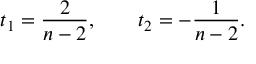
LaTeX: t _ { 1 } = { \frac { 2 } { n - 2 } } , \qquad t _ { 2 } = - { \frac { 1 } { n - 2 } } .